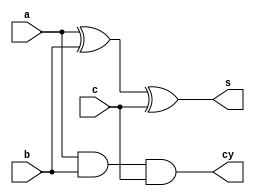
`timescale 1ns / 1ps
module fulladder_dfs(input a,b,c,output s,cy);
assign s=(a^b)^c;
assign cy=(a & b &c);
endmodule